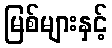
မြစ်များနှင့်